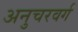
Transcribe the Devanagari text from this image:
अनुचरवर्ग